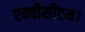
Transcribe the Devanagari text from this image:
एक्वीसीटम।